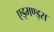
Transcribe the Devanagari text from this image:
एड्मण्ड्स